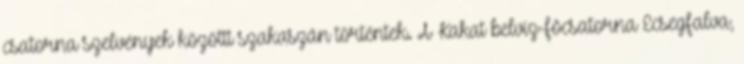
csatorna szelvények közötti szakaszán történtek. A Kakat belvíz-fõcsatorna Ecsegfalva,